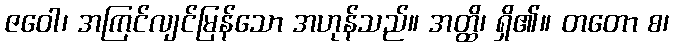
ဇဝေါ၊ အကြင်လျင်မြန်သော အဟုန်သည်။ အတ္ထိ၊ ရှိ၏။ တတော စ၊